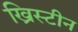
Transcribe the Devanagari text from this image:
ख्रिस्टीन